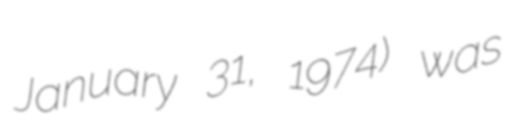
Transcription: January 31, 1974) was